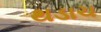
થડાચ